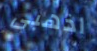
اذهبى